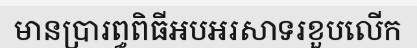
មានប្រារព្ធពិធីអបអរសាទរខួបលើក